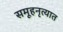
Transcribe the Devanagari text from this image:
समूहनृत्यात